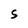
Character: S